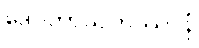
ဒေဝတာသဟဿာနံ